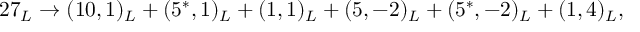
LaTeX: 2 7 _ { L } \rightarrow ( 1 0 , 1 ) _ { L } + ( 5 ^ { * } , 1 ) _ { L } + ( 1 , 1 ) _ { L } + ( 5 , - 2 ) _ { L } + ( 5 ^ { * } , - 2 ) _ { L } + ( 1 , 4 ) _ { L } ,